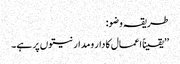
طریقہ وضو:
’’یقیناً اعمال کا دار ومدار نیتوں پر ہے۔